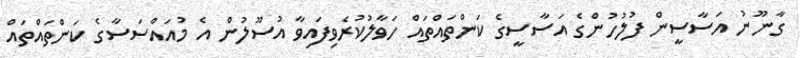
ގާނޫނު އަސާސީން ފުލުހުންގެ އަސާސީގެ ކަންތައްތައް ހަވާލުކުރެވިފައިވާ އުސޫލުން އެ މުއައްސަސާގެ ކަންތައްތައް